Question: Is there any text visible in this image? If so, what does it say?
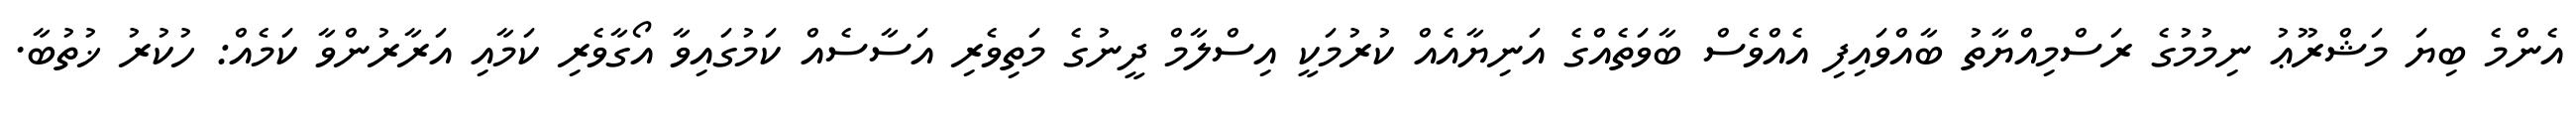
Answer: އެންމެ ބިޔަ މަޝްރޫޢު ނިމުމުގެ ރަސްމިއްޔާތު ބާއްވައިފި އެއްވެސް ބާވަތެއްގެ އަނިޔާއެއް ކުރުމަކީ އިސްލާމް ދީނުގެ މަތިވެރި އަސާސެއް ކަމުގައިވާ އޯގާވެރި ކަމާއި އަރާރުންވާ ކަމެއް: ހުކުރު ޚުތުބާ.